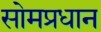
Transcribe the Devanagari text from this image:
सोमप्रधान